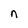
Character: n